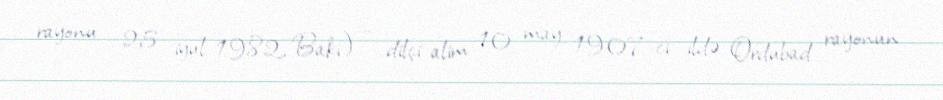
rayonu – 25 iyul 1982, Bakı) — dilçi alim 10 may 1907-ci ildə Ordubad rayonun